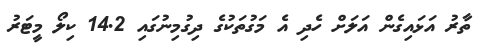
ތާރު އަޅައިގެން އަލަށް ހެދި އެ މަގުތަކުގެ ދިގުމިނުގައި 14.2 ކިލޯ މީޓަރު